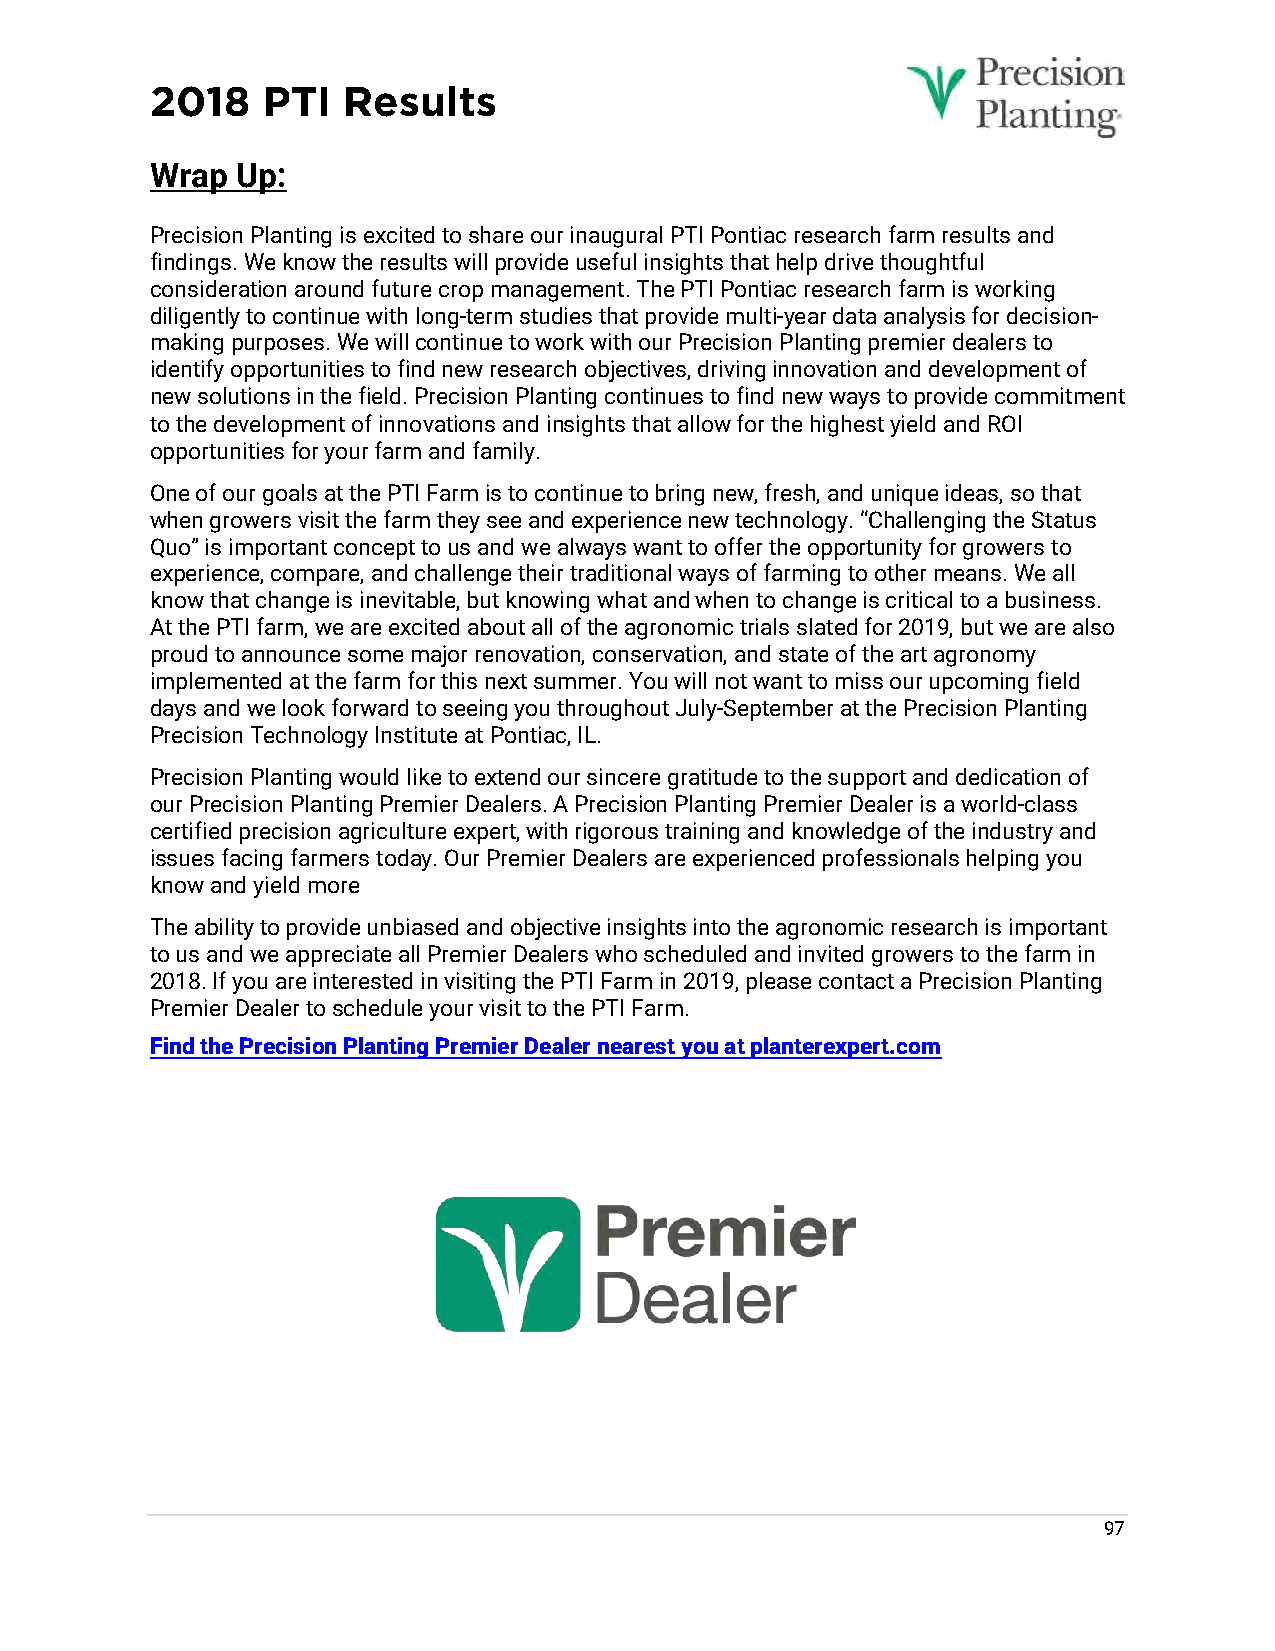
2018   PTI   Results
 Wrap  Up:
 Precision Planting is excited to share our inaugural PTI Pontiac research farm results and
 findings. We know the results will provide useful insights that help drive thoughtful
 consideration around future crop management. The PTI Pontiac research farm is working
 diligently to continue with long-term studies that provide multi-year data analysis for decision-
 making purposes. We will continue to work with our Precision Planting premier dealers to
 identify opportunities to find new research objectives, driving innovation and development of
 new solutions in the field. Precision Planting continues to find new ways to provide commitment
 to the development of innovations and insights that allow for the highest yield and ROI
 opportunities for your farm and family.
 One of our goals at the PTI Farm is to continue to bring new, fresh, and unique ideas, so that
 when growers visit the farm they see and experience new technology. “Challenging the Status
 Quo” is important concept to us and we always want to offer the opportunity for growers to
 experience, compare, and challenge their traditional ways of farming to other means. We all
 know that change is inevitable, but knowing what and when to change is critical to a business.
 At the PTI farm, we are excited about all of the agronomic trials slated for 2019, but we are also
 proud to announce some major renovation, conservation, and state of the art agronomy
 implemented at the farm for this next summer. You will not want to miss our upcoming field
 days and we look forward to seeing you throughout July-September at the Precision Planting
 Precision Technology Institute at Pontiac, IL.
 Precision Planting would like to extend our sincere gratitude to the support and dedication of
 our Precision Planting Premier Dealers. A Precision Planting Premier Dealer is a world-class
 certified precision agriculture expert, with rigorous training and knowledge of the industry and
 issues facing farmers today. Our Premier Dealers are experienced professionals helping you
 know and yield more
 The ability to provide unbiased and objective insights into the agronomic research is important
 to us and we appreciate all Premier Dealers who scheduled and invited growers to the farm in
 2018. If you are interested in visiting the PTI Farm in 2019, please contact a Precision Planting
 Premier Dealer to schedule your visit to the PTI Farm.
 Find the Precision Planting Premier Dealer nearest you at planterexpert.com
 97